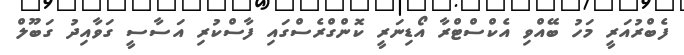
ފެބްރުއަރީ މަހު ބޭއްވި އެކްސްޓްރާ އޯޑިނަރީ ކޮންގްރެސްގައި ފާސްކުރި އަސާސީ ގަވާއިދު ގަބޫލް